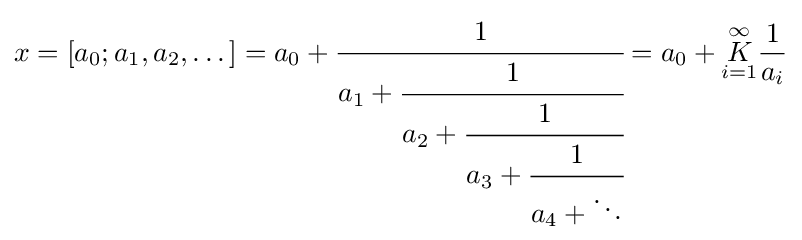
x=[a_{0};a_{1},a_{2},\dots ]=a_{0}+{\cfrac {1}{a_{1}+{\cfrac {1}{a_{2}+{\cfrac {1}{a_{3}+{\cfrac {1}{a_{4}+\ddots }}}}}}}}=a_{0}+{\underset {i=1}{\overset {\infty }{K}}}{\frac {1}{a_{i}}}